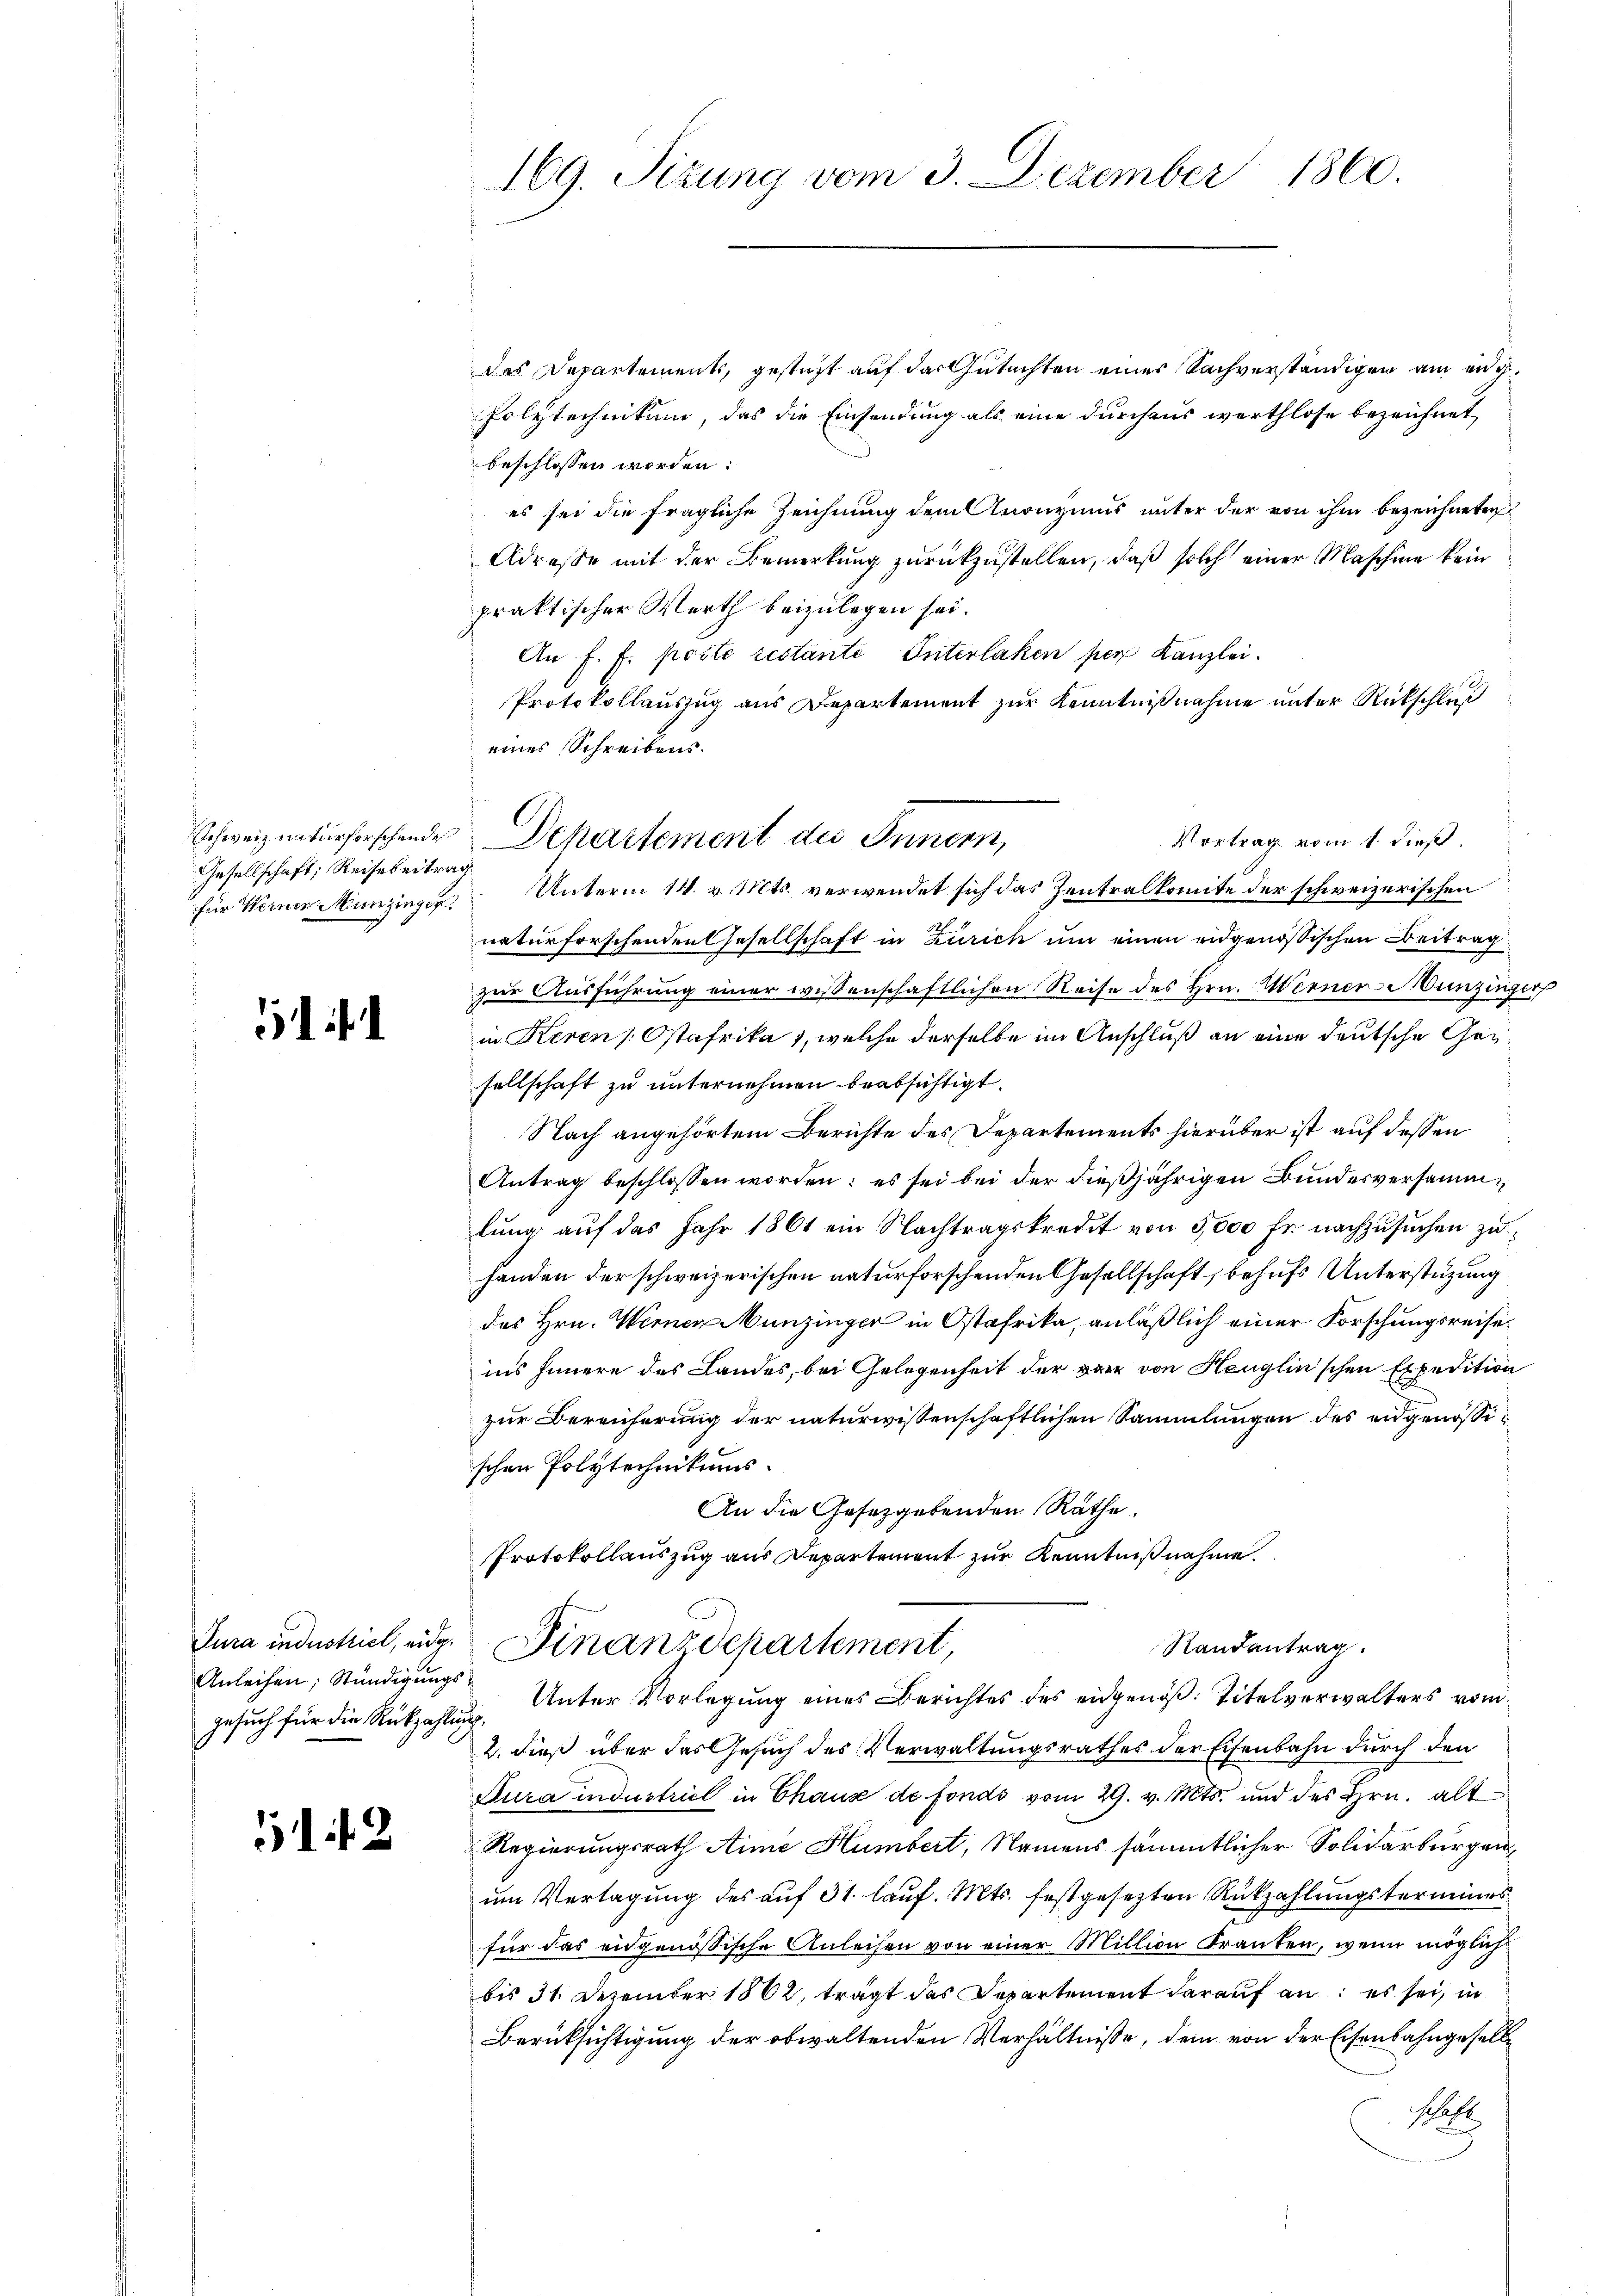
Gesellschaft, Reise beitrag

f

Hereit

Anleihen; Stündigungs¬

51. 42

169. Sizung vom 3. Dezember 1860.

des Departements, gesteht auf das Gutachten eines Sachverständigen am eng¬
Polytechnikum, das die Einsendung als eine durchaus werthlose bezeichnet,
beschlossen werden:
es sei die fragliche Zeichnung dem Anonymus unter der von ihm bezeichneten
Adresse mit der Bemerkung zurückzustellen, daß solch einer Maschine kein
praktischer Werth beizulegen sei.
An f. f. poste restante Interlaken per Kanzlei.
Protokollauszug aus Departement zur Kenntnißnahme unter Rückschluß
eines Schreibens.
Vortrag vom 1. dieß,
für Werne Munzinger Unterm 14. v. Mts. verwendet sich das Zentralkomite der schweizerischen
naturforschenden Gesellschaft in Zürich um einen eidgenössischen Beitrag
zur Ausführung einer wissenschaftlichen Reise des Hrn. Werner Munzinger
in Keren Ostafrika, welche derselbe im Anschluß an eine deutsche Gesellschaft zu unternehmen beabsichtigt.
Nach angehörtem Berichte des Departements hierüber ist auf dessen
Antrag beschlossen worden: es sei bei der dießjährigen Bundesversammlung auf das Jahr 1861 ein Nachtragskredit von 5,000 fr. nachzusuchen zuhanden der schweizerischen naturforschenden Gesellschaft, behufs Unterstüzung
des Hrn. Werner Munzinger in Ostafrika, anläßlich einer Forschungsreiseins Innere des Landes, bei Gelegenheit der vier von Henglin'schen Expedition
zur Bereicherung der naturwissenschaftlichen Sammlungen des engenössischen Polytechnikums.
An die Gesetzgebenden Räthe.
Protokollauszug aus Departement zur Kenntnißnahme.
Jura industriel, eidg. Finanzdepartement,
Randantrag.
Gesuch für die Rückzahlung. Unter Vorlegung eines Berichtes des eidgenöß: Titelverwalters vom
2. dieß über das Gesuch des Verwaltungsrathes der Eisenbahn durch den
Dura industriel in Chaus de fonds vom 29. v. Mts. und des Hrn. alt
Regierungsrath Stime Humbert, Namens sämmtlicher Solidarburgen,
um Verlagung des auf 31 lauf. Mts. festgesezten Rükzahlungstermines
für das eidgenössische Anleisen von einer Million Kranken, wenn möglich
bis 31. Dezember 1862, trägt das Departement darauf an: es sei, in
Berücksichtigung der obwaltenden Verhältnisse, dem von der Eisenbahngesell¬
Schaft

Schweizenturforschendes Departement des Innern,